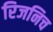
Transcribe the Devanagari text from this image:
रिजनिच